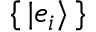
\{ \, | e _ { i } \rangle \, \}